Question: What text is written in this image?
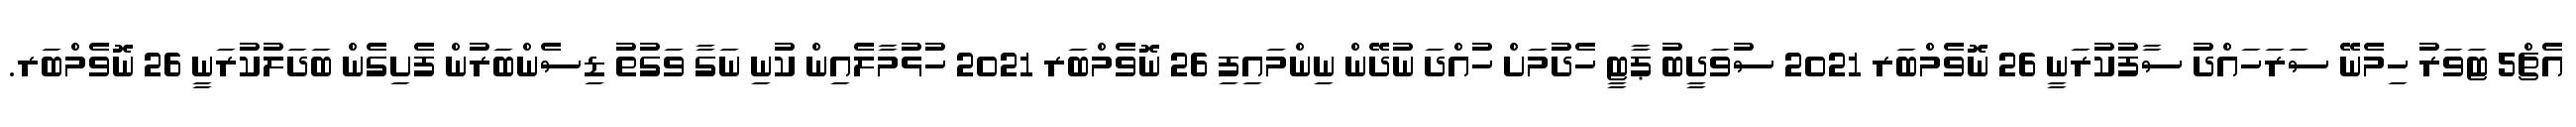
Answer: އެޗް5 ޓަވަރު ހިމެނޭ ސަރަހައްދު ސާފުކުރަނީ 26 ނޮވެމްބަރ 2021 ސުވަދީބު ޕާޓީ ހެދުމަށް ހުއްދަ ނުދޭން ނިންމައިފި 26 ނޮވެމްބަރ 2021 ހުޅުމާލެއިން ކުނި ނަގާ ވަގުތު ޑިސެންބަރުން ފެށިގެން ބަދަލުކުރަނީ 26 ނޮވެމްބަރ.